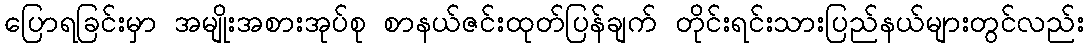
ပြောရခြင်းမှာ အမျိုးအစားအုပ်စု စာနယ်ဇင်းထုတ်ပြန်ချက် တိုင်းရင်းသားပြည်နယ်များတွင်လည်း